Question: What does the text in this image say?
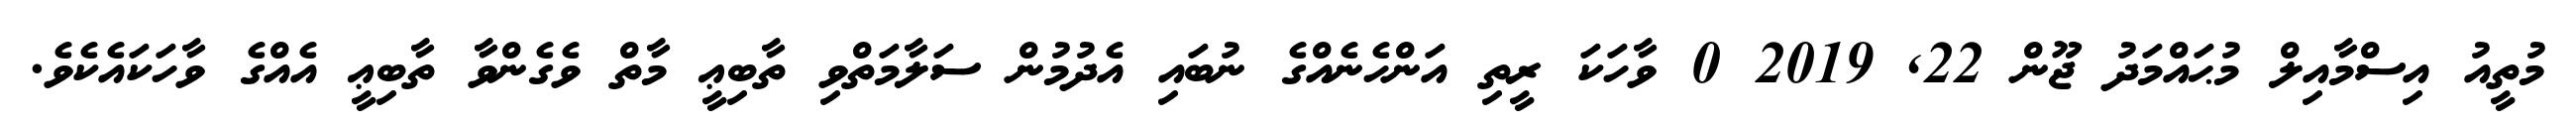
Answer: މުތީއު އިސްމާއިލް މުޙައްމަދު ޖޫން 22, 2019 0 ވާހަކަ ރީތި އަންހެނެއްގެ ނުބައި އެދުމުން ސަލާމަތްވި ތާބިޢީ މާތް ވެގެންވާ ތާބިޢީ އެއްގެ ވާހަކައެކެވެ.